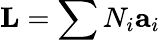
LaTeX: \mathbf{L}=\sum N_{i}\mathbf{a}_{i}